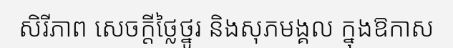
សិរីភាព សេចក្តីថ្លៃថ្នូរ និងសុភមង្គល ក្នុងឱកាស